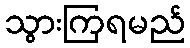
သွားကြရမည်